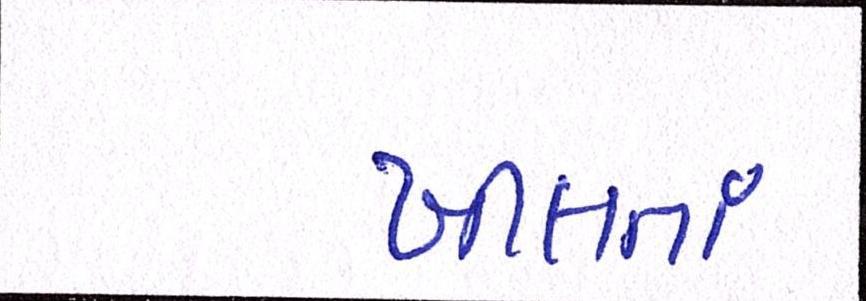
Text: ખીલતાં